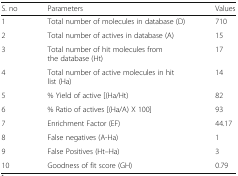
<table><thead><tr><td><b>S. no</b></td><td><b>Parameters</b></td><td><b>Values</b></td></tr></thead><tbody><tr><td>1</td><td>Total number of molecules in database (D)</td><td>710</td></tr><tr><td>2</td><td>Total number of actives in database (A)</td><td>15</td></tr><tr><td>3</td><td>Total number of hit molecules from the database (Ht)</td><td>17</td></tr><tr><td>4</td><td>Total number of active molecules in hit list (Ha)</td><td>14</td></tr><tr><td>5</td><td>% Yield of active [(Ha/Ht)</td><td>82</td></tr><tr><td>6</td><td>% Ratio of actives [(Ha/A) X 100]</td><td>93</td></tr><tr><td>7</td><td>Enrichment Factor (EF)</td><td>44.17</td></tr><tr><td>8</td><td>False negatives (A-Ha)</td><td>1</td></tr><tr><td>9</td><td>False Positives (Ht–Ha)</td><td>3</td></tr><tr><td>10</td><td>Goodness of fit score (GH)</td><td>0.79</td></tr></tbody></table>